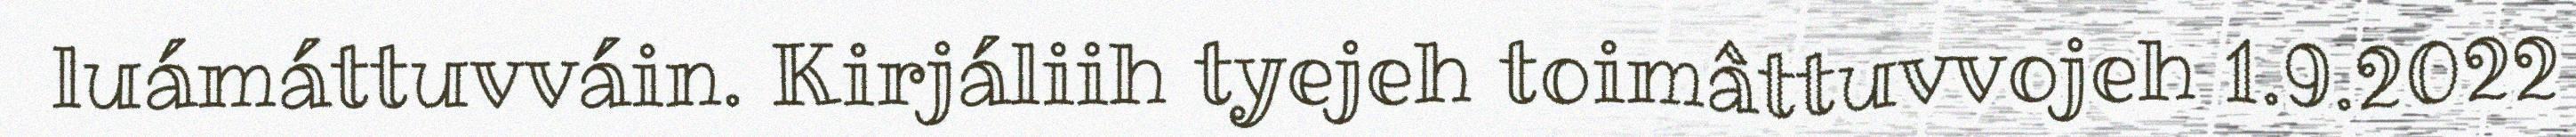
luámáttuvváin. Kirjáliih tyejeh toimâttuvvojeh 1.9.2022